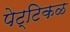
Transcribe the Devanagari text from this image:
पेट्टिकळ